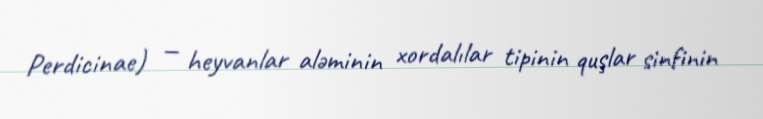
Perdicinae) — heyvanlar aləminin xordalılar tipinin quşlar sinfinin